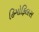
હિમોફિલસ